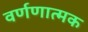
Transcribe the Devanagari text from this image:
वर्णणात्मक